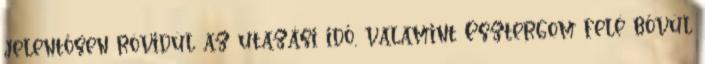
jelentősen rövidül az utazási idő, valamint Esztergom felé bővül